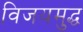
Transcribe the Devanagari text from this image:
विजयमुद्ध